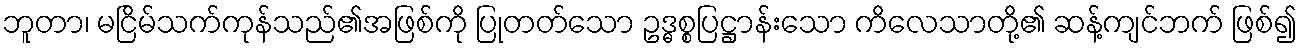
ဘူတာ၊ မငြိမ်သက်ကုန်သည်၏အဖြစ်ကို ပြုတတ်သော ဥဒ္ဓစ္စပြဋ္ဌာန်းသော ကိလေသာတို့၏ ဆန့်ကျင်ဘက် ဖြစ်၍